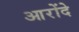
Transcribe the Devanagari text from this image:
आरोंदे